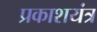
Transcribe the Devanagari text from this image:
प्रकाशयंत्र